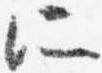
所